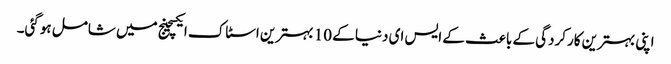
اپنی بہترین کارکردگی کے باعث کے ایس ای دنیا کے 10 بہترین اسٹاک ایکسچینج میں شامل ہوگئی۔